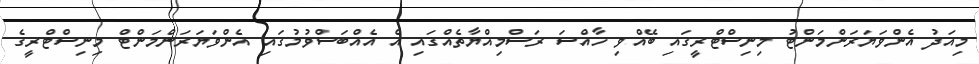
މިއަދު އެންވަޔަރަންމަންޓު މިނިސްޓްރީގައި ބޭއްވި ހާއްސަ ރަސްމިއްޔާތެއްގައި އެ އެއްބަސްވުމުގައި އެންވަޔަރަންމަންޓް މިނިސްޓްރީގެ